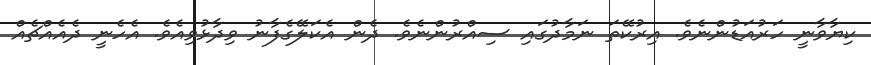
ކިޔާވާނީ ހަރުއަޑުންނެވެ. އިރުކޭތަ ނަމާދުގައި ސިއްރުންނެވެ. ދެން އެކަލޭގެފާނު ވިދާޅުވިއެވެ. އެހެނީ ދެއެއްޗެއް